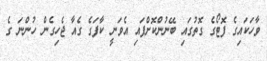
ވާހަކައިގެ ފޮޓޯގެ ގޮތުގައި ބޭނުންކޮށްފައި އެވަނީ ކާފަގެ ގެއާ ޖެހިގެން ހުންނަ ގެ